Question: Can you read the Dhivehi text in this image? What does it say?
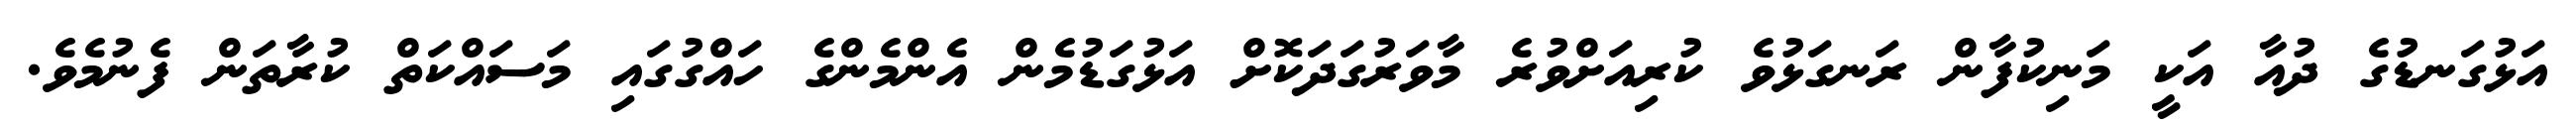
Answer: އަޅުގަނޑުގެ ދުއާ އަކީ މަނިކުފާން ރަނގަޅުވެ ކުރިއަށްވުރެ މާވަރުގަދަކޮށް އަޅުގަޑުމެން އެންމެންގެ ހައްގުގައި މަސައްކަތް ކުރާތަން ފެނުމެވެ.